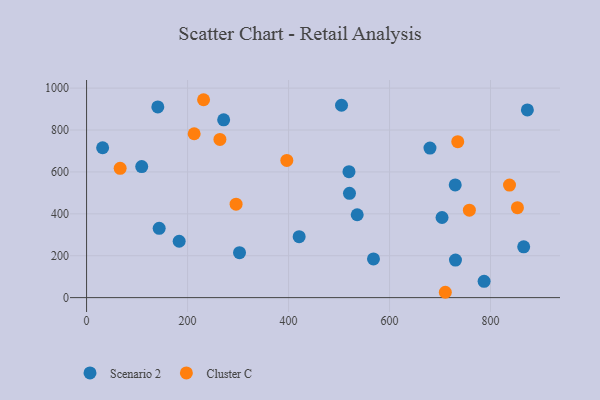
{"axis": {"x": "Experience", "y": "Profit"}, "legend": ["Cluster C", "Scenario 2"], "data": [{"x": "730.6", "y": 179.4, "type": "Scenario 2"}, {"x": "143.8", "y": 331.0, "type": "Scenario 2"}, {"x": "421.0", "y": 290.8, "type": "Scenario 2"}, {"x": "31.8", "y": 715.4, "type": "Scenario 2"}, {"x": "520.7", "y": 497.8, "type": "Scenario 2"}, {"x": "302.9", "y": 214.6, "type": "Scenario 2"}, {"x": "536.0", "y": 395.6, "type": "Scenario 2"}, {"x": "730.1", "y": 537.9, "type": "Scenario 2"}, {"x": "568.2", "y": 184.7, "type": "Scenario 2"}, {"x": "787.3", "y": 78.0, "type": "Scenario 2"}, {"x": "271.5", "y": 848.8, "type": "Scenario 2"}, {"x": "109.2", "y": 625.8, "type": "Scenario 2"}, {"x": "680.1", "y": 713.8, "type": "Scenario 2"}, {"x": "141.1", "y": 910.4, "type": "Scenario 2"}, {"x": "873.0", "y": 896.0, "type": "Scenario 2"}, {"x": "704.0", "y": 382.5, "type": "Scenario 2"}, {"x": "504.9", "y": 918.3, "type": "Scenario 2"}, {"x": "865.7", "y": 242.5, "type": "Scenario 2"}, {"x": "183.4", "y": 269.0, "type": "Scenario 2"}, {"x": "519.7", "y": 601.1, "type": "Scenario 2"}, {"x": "758.1", "y": 417.5, "type": "Cluster C"}, {"x": "231.7", "y": 944.7, "type": "Cluster C"}, {"x": "264.1", "y": 755.4, "type": "Cluster C"}, {"x": "837.6", "y": 537.3, "type": "Cluster C"}, {"x": "710.5", "y": 25.5, "type": "Cluster C"}, {"x": "66.5", "y": 617.4, "type": "Cluster C"}, {"x": "213.1", "y": 782.3, "type": "Cluster C"}, {"x": "296.1", "y": 445.9, "type": "Cluster C"}, {"x": "853.3", "y": 429.5, "type": "Cluster C"}, {"x": "396.6", "y": 654.8, "type": "Cluster C"}, {"x": "735.1", "y": 744.6, "type": "Cluster C"}]}